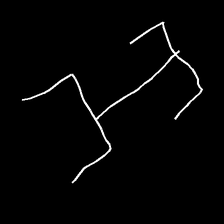
Glyph: entwine